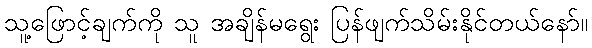
သူ့ဖြောင့်ချက်ကို သူ အချိန်မရွေး ပြန်ဖျက်သိမ်းနိုင်တယ်နော်။